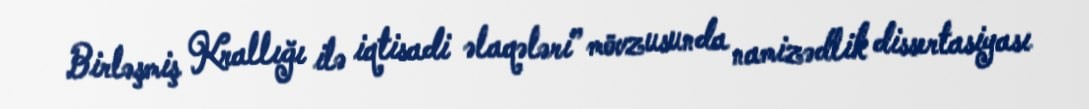
Birləşmiş Krallığı ilə iqtisadi əlaqələri” mövzusunda namizədlik dissertasiyası